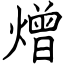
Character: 熷